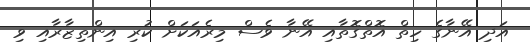
އަދި އޭނާގެ ހިތް އޮތްގޮތާއި އޭނާ ވެސް މިރެއަކަށް ކުރި އިންތިޒާރާއި ވި